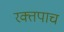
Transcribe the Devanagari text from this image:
रक्तपाच